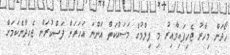
ހޯދަން މިހާރު ޖެހިފައިވާއިރު މި ފިލްމުގެ މަސައްކަތް އަންނަ އަހަރަށް ފަސްކުރަން ޖެހިދާނެކަމަށް